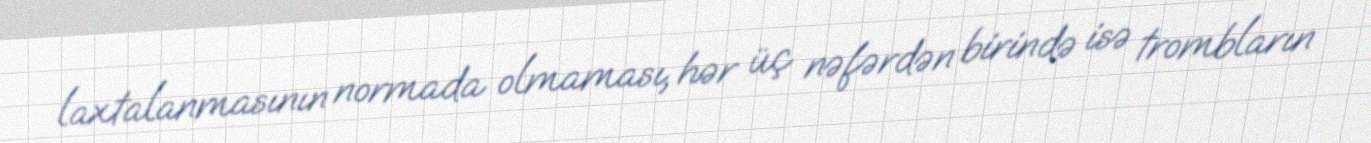
laxtalanmasının normada olmaması, hər üç nəfərdən birində isə trombların